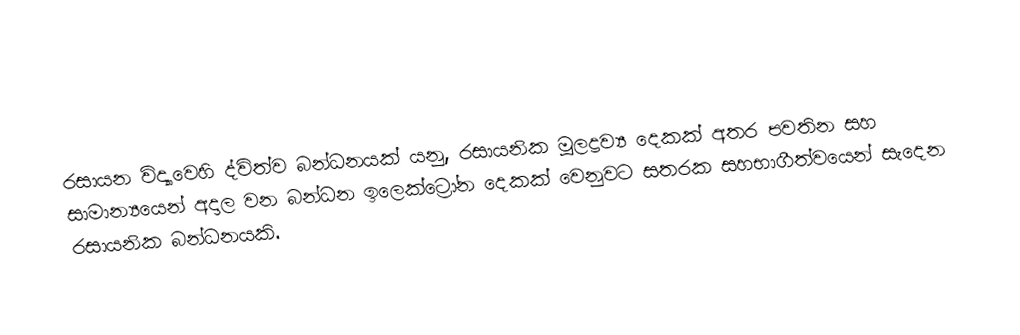
රසායන විද්‍යාවෙහි ද්විත්ව බන්ධනයක් යනු, රසායනික මූලද්‍රව්‍ය දෙකක් අතර පවතින සහ  සාමාන්‍යයෙන් අදාල වන  බන්ධන ඉලෙක්ට්‍රෝන දෙකක් වෙනුවට සතරක සහභාගීත්වයෙන් සැදෙන රසායනික බන්ධනයකි.